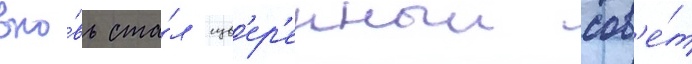
вно́вь ста́л сув'ер'енныи сов'е́т